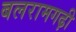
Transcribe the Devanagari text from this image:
बलरामगढ़ी